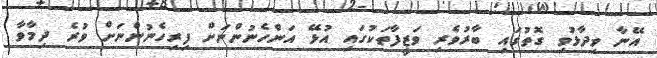
އޭނާ ވިދާޅުވި ގޮތުގައި ބާރުވެރި ވަޒީފާތަކުގައި އުޅޭ އަންހެނުންނަށް ފިރިހެނުންނަށް ވުރެ ދިމާވާ